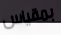
بمقياس